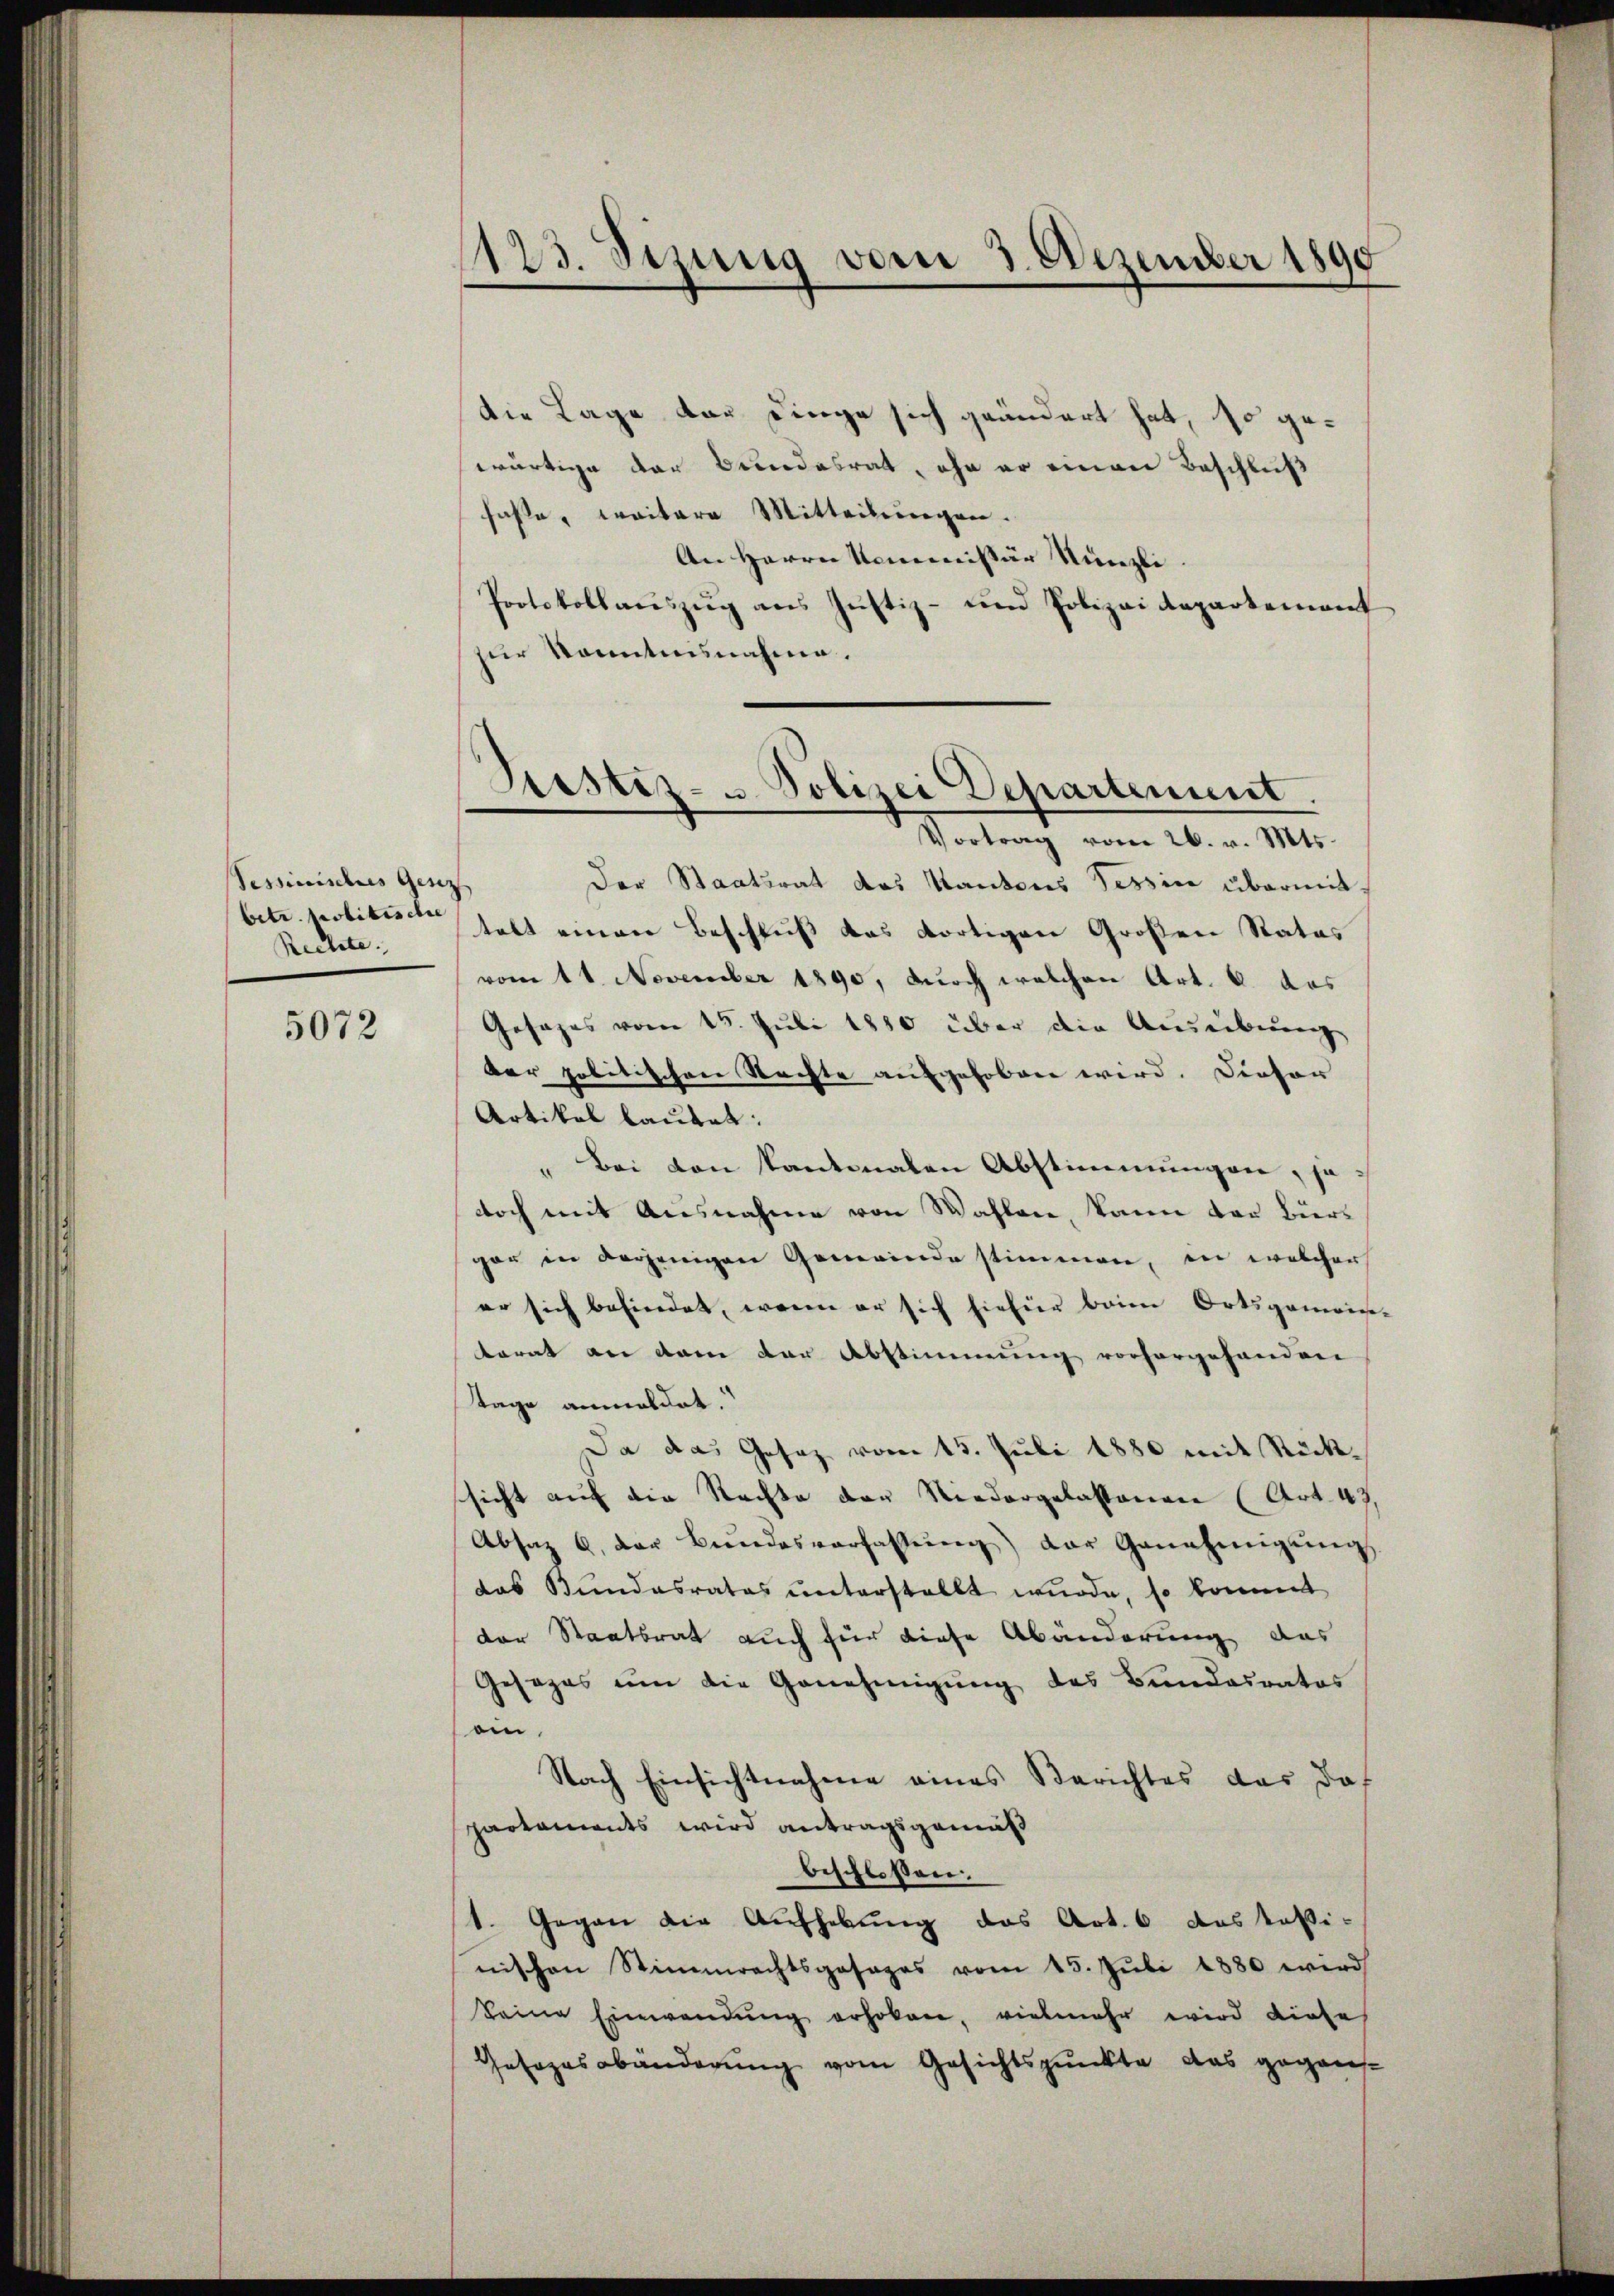
Pessinisches Genz
betr. Pobitische
Rechte.

5072

die Lage der Dinge sich geändert hat, so gewärtige der Bundesrat, ohn er einen Beschluß
haßte, weitere Mitteilungen.
An Herrn Kommissär Nünzli.
Protokollaŭszŭg ans Jŭstiz- und Polizeidepartement
zur kanntnisnahme.

1123. Sizung vom 3. Dezember 1890

Sistiz- u Polizei Departement.
Vortrag vom 26. v. Mts.

Der Staatsrat des Kantons Tessin übermittelt einen Beschluß das dortigen Großen Rates
vom 11. November 1890, durch welchen Art. 6. das
Gesages vom 15. Juli 1880 über die Ausübung
der politischen Rechte aufgehoben wird. Dieser
Artikel lautet:
„Bei den kantonalen Abstimmungen, jedoch mit Ausnahme von Wahlen, kann der Bürgar in derjenigen Gemeinde stimmen, in welcher
er sich befindet, wenn er sich hiefür beim Ortsgemein
torat an dem der Abstimmung vorhergehanden
Tage anmeldet.
Da das Gesaz vom 15. Juli 1880 mit Rücksicht auf die Rechte der Niedergelassenen (Art. 43.
Absaz 6. der Bŭndesverfassŭng der Genehmigŭng
das Bundesrates unterstellt wurde, so kommt
der Staatsrat auch für diese Abänderung das
Gesezes um die Genehmigung des Bundesrates
ein.
Nach Einsichtnahme eines Berichtes das daf
partaments wird antragsgemäß
beschloßen:
1. Gegen die Aufhebung des Art. 6 dastasi-
nischen Stimmrechtsgesages vom 15. Juli 1880 wird
keine Einwendŭng erhoben, vielmehr wird diese
Gesezesabänderung vom Gesichtspunkte das gegens-